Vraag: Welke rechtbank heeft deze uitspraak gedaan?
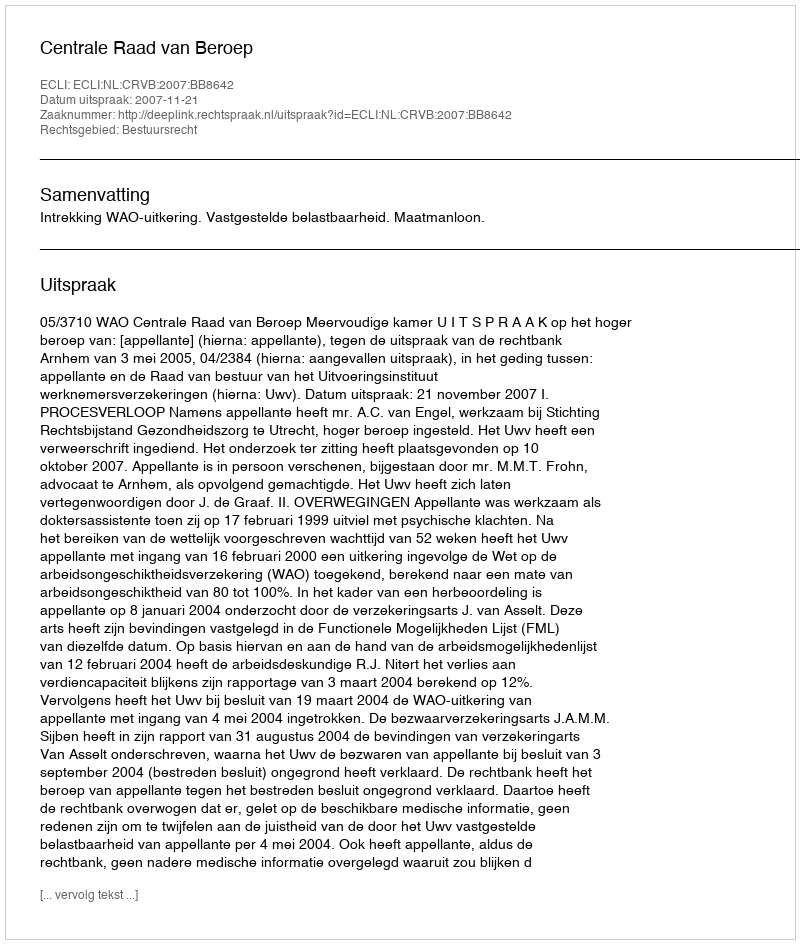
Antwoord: Centrale Raad van Beroep